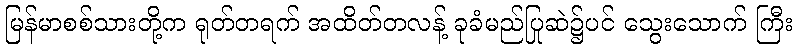
မြန်မာစစ်သားတို့က ရုတ်တရက် အထိတ်တလန့် ခုခံမည်ပြုဆဲ၌ပင် သွေးသောက် ကြီး